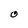
Character: O